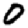
Digit: 0